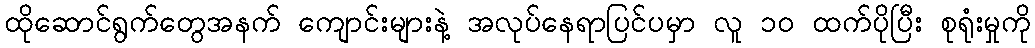
ထိုဆောင်ရွက်တွေအနက် ကျောင်းများနဲ့ အလုပ်နေရာပြင်ပမှာ လူ ၁၀ ထက်ပိုပြီး စုရုံးမှုကို